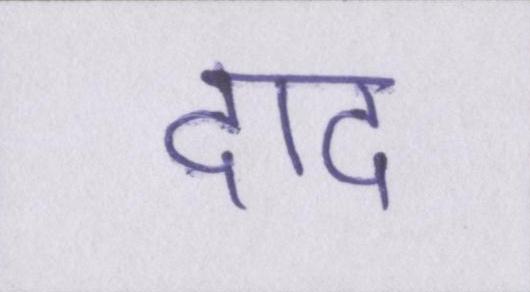
दाद